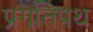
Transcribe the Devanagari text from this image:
प्रगतिपथ